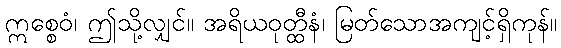
ဣစ္စေဝံ၊ ဤသို့လျှင်။ အရိယဝုတ္ထီနံ၊ မြတ်သောအကျင့်ရှိကုန်။